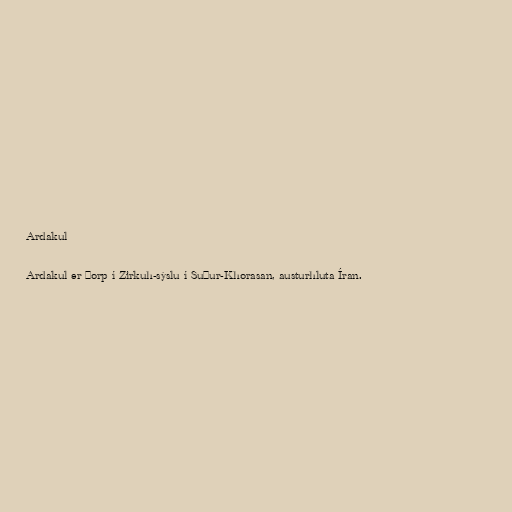
Ardakul

Ardakul er þorp í Zirkuh-sýslu í Suður-Khorasan, austurhluta Íran.